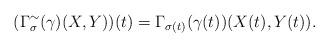
LaTeX: \begin{align*}(\Gamma^{\sim}_\sigma(\gamma)(X,Y))(t)=\Gamma_{\sigma(t)}(\gamma(t))(X(t),Y(t)).\end{align*}